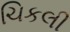
ચિકલી